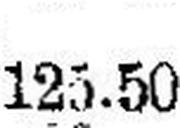
125.50